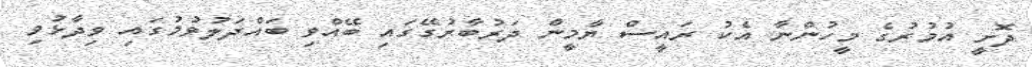
ދޮށީ އުމުރުގެ މީހުންނާ އެކު ރައީސް ޔާމީން ދަރުބާރުގޭގައި ބޭއްވި ބައްދަލުވުމުގައި ވިދާޅުވި